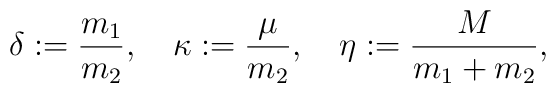
\delta  :=   \frac{m_{1}}{m_{2}}   ,                   \quad  \kappa  :=   \frac{\mu}{m_{2}}     ,                   \quad  \eta    :=   \frac{M}{m_{1}+m_{2}} ,